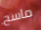
ماسح